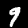
Label: 9